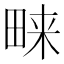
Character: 𭻔